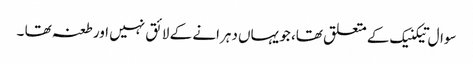
سوال تیکنیک کے متعلق تھا، جو یہاں دہرانے کے لائق نہیں اور طعنہ تھا ۔